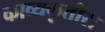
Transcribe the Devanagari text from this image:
काव्यकृतीस